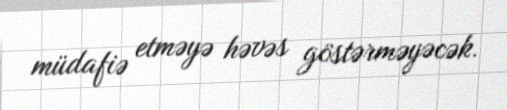
müdafiə etməyə həvəs göstərməyəcək.